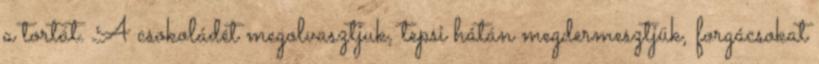
a tortát. A csokoládét megolvasztjuk, tepsi hátán megdermesztjük, forgácsokat